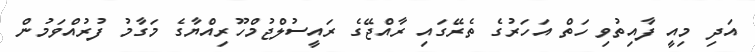
އަދި މިއީ ފާއިތުވި ހަތް އަހަރުގެ ތެރޭގައި ރާއްޖޭގެ ރައީސުލްޖުމްހޫރިއްޔާގެ މަގާމު ފުރުއްވަމުން